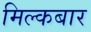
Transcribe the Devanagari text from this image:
मिल्कबार